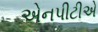
એનપીટીએ